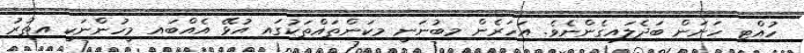
ހުއްޓި ހަށަން ބަދެލައިގެންނެވެ. އަހަރެން މިބުނަނީ މިކަންތައްތަކުގައި އުޅޭ އެއްބައި މީހުންނަކީ އިތުރު